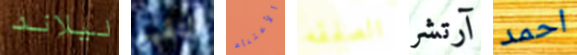
ليلاند لتقييم الأعتناء الصفقه آرتشر احمد